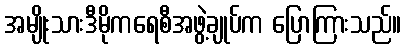
အမျိုးသားဒီမိုကရေစီအဖွဲ့ချုပ်က ပြောကြားသည်။